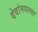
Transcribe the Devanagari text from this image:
देवांमधल्या